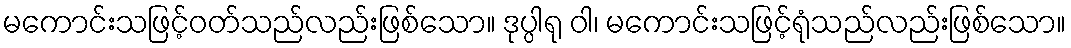
မကောင်းသဖြင့်ဝတ်သည်လည်းဖြစ်သော။ ဒုပ္ပါရု ဝါ၊ မကောင်းသဖြင့်ရုံသည်လည်းဖြစ်သော။